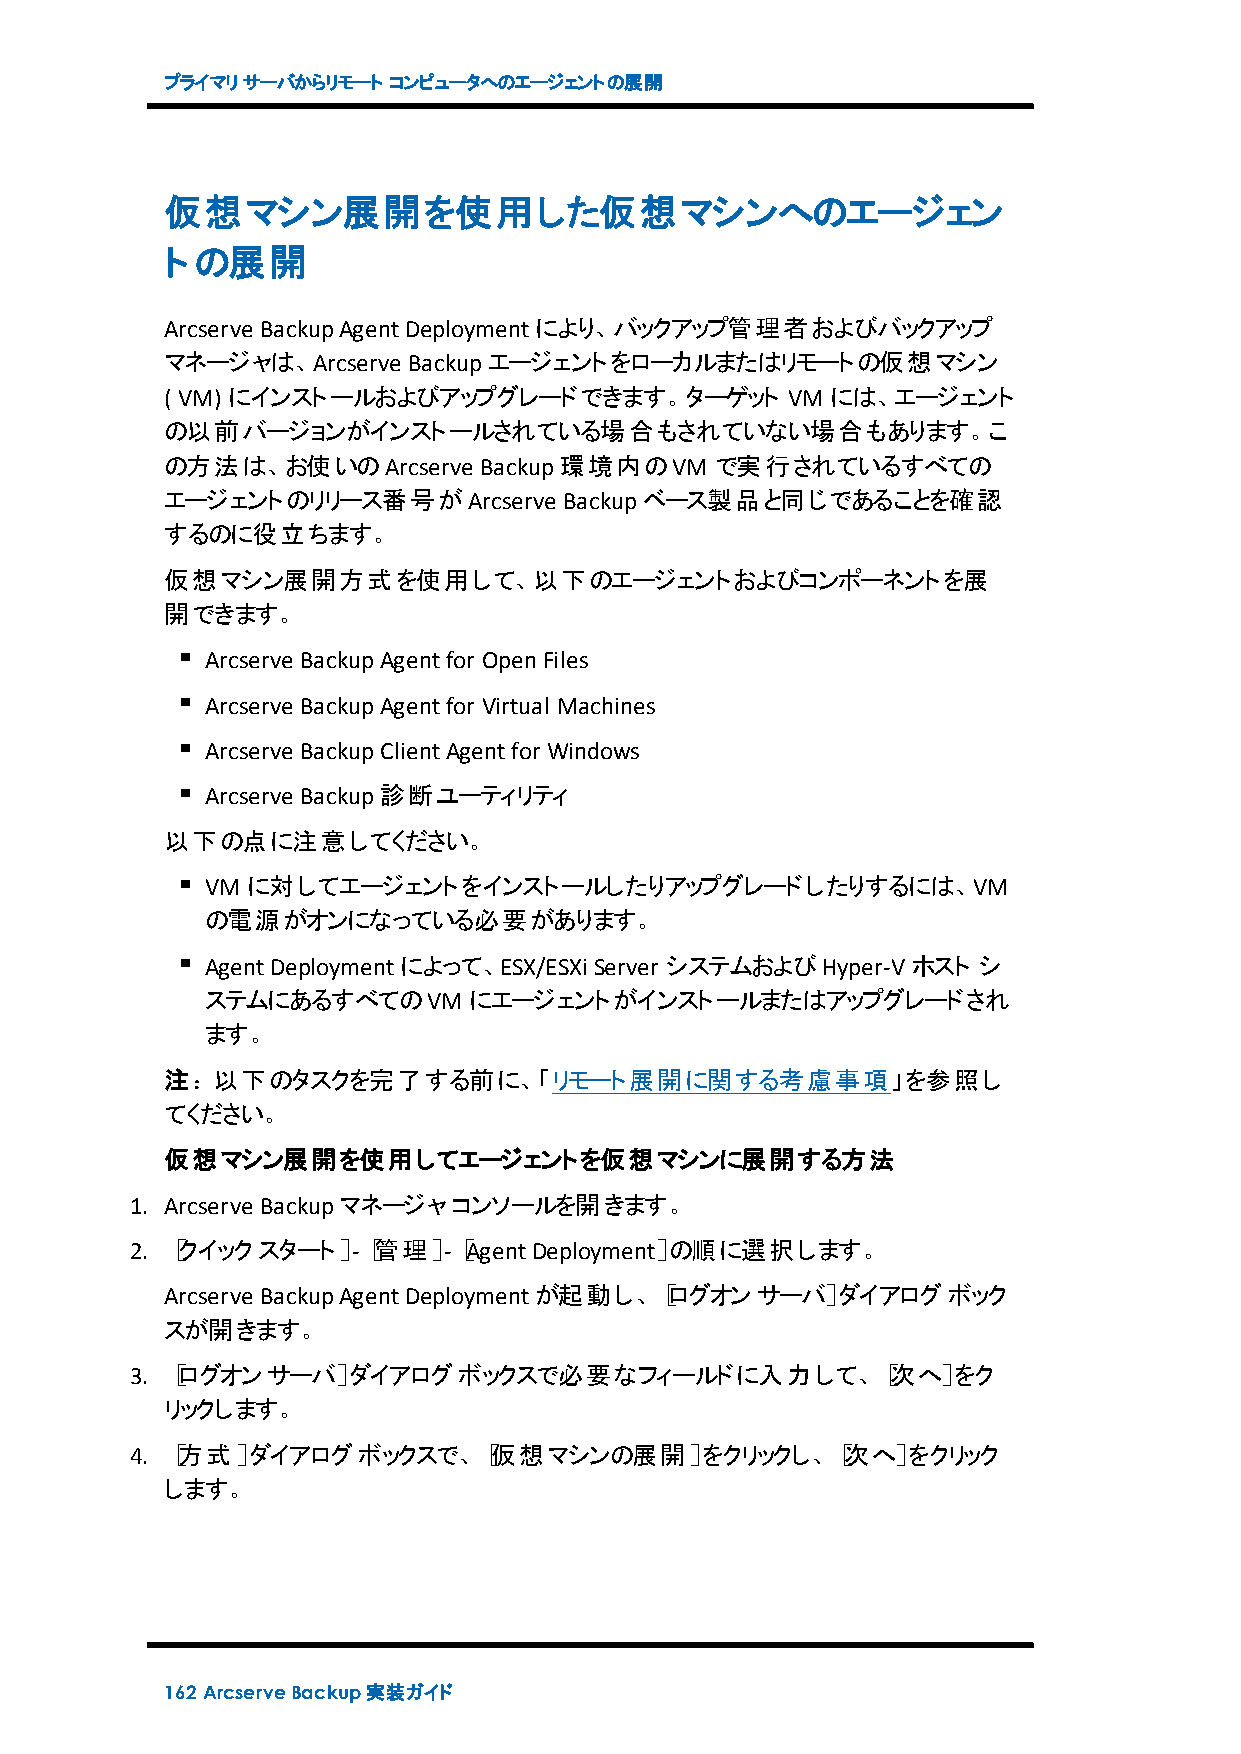
プライマリサーバからリモート コンピュータへのエージェントの展開
 仮想マシン展開を使用した仮想マシンへのエージェン
 トの展開
 Arcserve BackupAgentDeploymentにより、バックアップ管理者およびバックアップ
 マネージャは、Arcserve Backupエージェントをローカルまたはリモートの仮想マシン
 ( VM) にインストールおよびアップグレードできます。ターゲット        VM には、エージェント
 の以前バージョンがインストールされている場合もされていない場合もあります。こ
 の方法は、お使いのArcserve    Backup環境内のVM   で実行されているすべての
 エージェントのリリース番号がArcserve    Backupベース製品と同じであることを確認
 するのに役立ちます。
 仮想マシン展開方式を使用して、以下のエージェントおよびコンポーネントを展
 開できます。
 Arcserve BackupAgentfor OpenFiles
 Arcserve BackupAgentfor Virtual Machines
 Arcserve BackupClientAgentfor Windows
 Arcserve Backup診断ユーティリティ
 以下の点に注意してください。
 VM に対してエージェントをインストールしたりアップグレードしたりするには、VM
 の電源がオンになっている必要があります。
 AgentDeploymentによって、ESX/ESXi Server システムおよびHyper-Vホスト シ
 ステムにあるすべてのVM     にエージェントがインストールまたはアップグレードされ
 ます。
 注：以下のタスクを完了する前に、「リモート展開に関する考慮事項」を参照し
 てください。
 仮想マシン展開を使用してエージェントを仮想マシンに展開する方法
 1. Arcserve Backupマネージャコンソールを開きます。
 2. ［クイックスタート］-［管理］-［AgentDeployment］の順に選択します。
 Arcserve BackupAgentDeploymentが起動し、［ログオンサーバ］ダイアログボック
 スが開きます。
 3. ［ログオンサーバ］ダイアログボックスで必要なフィールドに入力して、［次へ］をク
 リックします。
 4. ［方式］ダイアログボックスで、［仮想マシンの展開］をクリックし、［次へ］をクリック
 します。
 162 ArcserveBackup実装ガイド